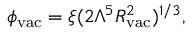
\phi _ { \mathrm { v a c } } = \xi ( 2 \Lambda ^ { 5 } R _ { \mathrm { v a c } } ^ { 2 } ) ^ { 1 / 3 } ,